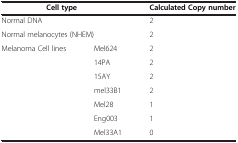
<table><thead><tr><td colspan="2"><b>Cell type</b></td><td><b>Calculated Copy number</b></td></tr></thead><tbody><tr><td colspan="2">Normal DNA</td><td>2</td></tr><tr><td colspan="2">Normal melanocytes (NHEM)</td><td>2</td></tr><tr><td>Melanoma Cell lines</td><td>Mel624</td><td>2</td></tr><tr><td> </td><td>14PA</td><td>2</td></tr><tr><td> </td><td>15AY</td><td>2</td></tr><tr><td> </td><td>mel33B1</td><td>2</td></tr><tr><td> </td><td>Mel28</td><td>1</td></tr><tr><td> </td><td>Eng003</td><td>1</td></tr><tr><td> </td><td>Mel33A1</td><td>0</td></tr></tbody></table>